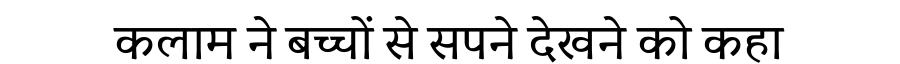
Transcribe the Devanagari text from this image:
कलाम ने बच्चों से सपने देखने को कहा